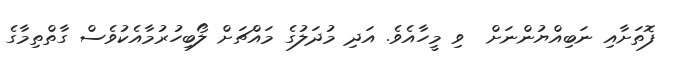
ފޮތަށާއި ނަބިއްޔުންނަށް  ވި މީހާއެވެ. އަދި މުދަލުގެ މައްޗަށް ލޯބިހުރުމާއެކުވެސް ގާތްތިމާގެ